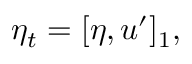
\eta _ { t } = [ \eta , u ^ { \prime } ] _ { 1 } ,